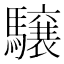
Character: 𩦪